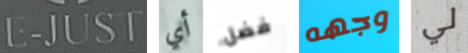
E-JUST أي فضل وجهه لي